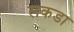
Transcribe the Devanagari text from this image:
लकडा